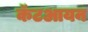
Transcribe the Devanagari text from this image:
कॅटआयन